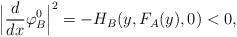
LaTeX: \begin{align*} \Big|\frac{d}{dx}\varphi_B^0\Big|^2=-H_B(y,F_A(y),0)<0,\end{align*}